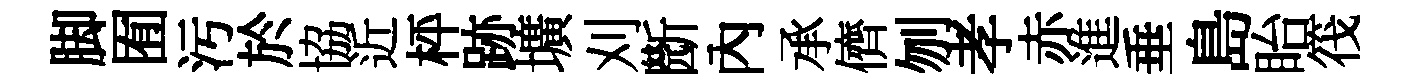
脚囿汚於協近枰跡壙刈㫁內承儕刎孝赤進垂島眙筏